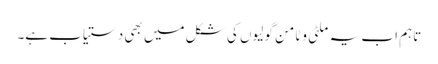
تاہم اب یہ ملٹی وٹامن گولیوں کی شکل میں بھی دستیاب ہے۔